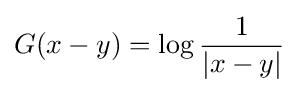
G(x-y)=\log {\frac {1}{|x-y|}}